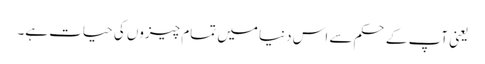
یعنی آپ کے حکم سے اس دنیا میں تمام چیزوں کی حیات ہے۔